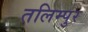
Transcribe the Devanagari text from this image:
तलिम्पुर